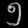
Digit: ၅